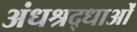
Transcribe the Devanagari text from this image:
अंधश्रद्धाओं